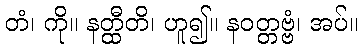
တံ၊ ကို။ နတ္ထီတိ၊ ဟူ၍။ နဝတ္တဗ္ဗံ၊ အပ်။